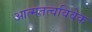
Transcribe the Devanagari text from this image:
आत्मतत्वविवेक